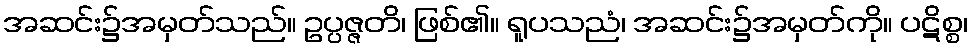
အဆင်း၌အမှတ်သည်။ ဥပ္ပဇ္ဇတိ၊ ဖြစ်၏။ ရူပသညံ၊ အဆင်း၌အမှတ်ကို။ ပဋိစ္စ၊